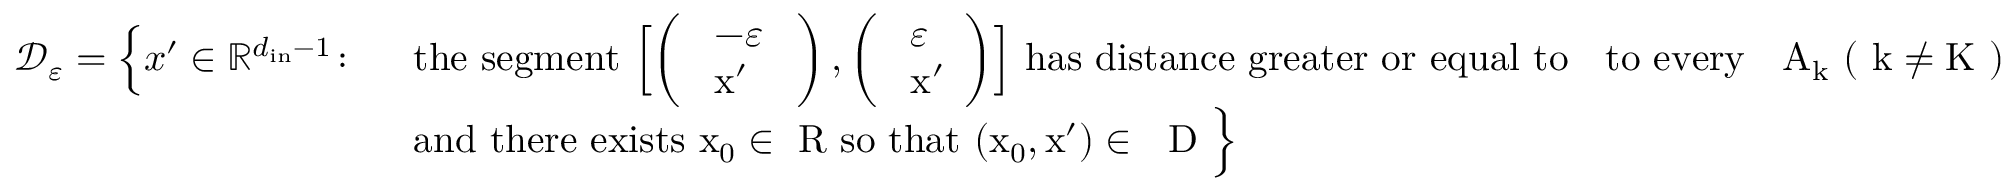
\begin{array} { r l } { \mathcal D _ { \varepsilon } = \Bigl \{ x ^ { \prime } \in { \mathbb R } ^ { d _ { \mathrm { i n } } - 1 } \colon \ } & { \mathrm { t h e ~ s e g m e n t ~ \Bigl [ \left( \begin{array} { l } { ~ - \varepsilon ~ } \\ { ~ x ' } \end{array} \right) , \left( \begin{array} { l } { ~ \varepsilon ~ } \\ { ~ x ' } \end{array} \right) \Bigr ] ~ h a s ~ d i s t a n c e ~ g r e a t e r ~ o r ~ e q u a l ~ t o ~ \varepsilon ~ t o ~ e v e r y ~ \partial ~ A _ k ~ ( ~ k \not = K ~ ) } } \\ & { \mathrm { a n d ~ t h e r e ~ e x i s t s ~ x _ 0 \in { \mathbb ~ R } ~ s o ~ t h a t ~ ( x _ 0 , x ' ) \in ~ \mathbb ~ D ~ } \Bigr \} } \end{array}